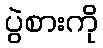
ပွဲစားကို